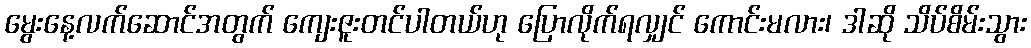
မွေးနေ့လက်ဆောင်အတွက် ကျေးဇူးတင်ပါတယ်ဟု ပြောလိုက်ရလျှင် ကောင်းမလား၊ ဒါဆို သိပ်စိမ်းသွား